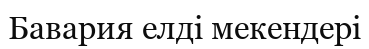
Бавария елді мекендері